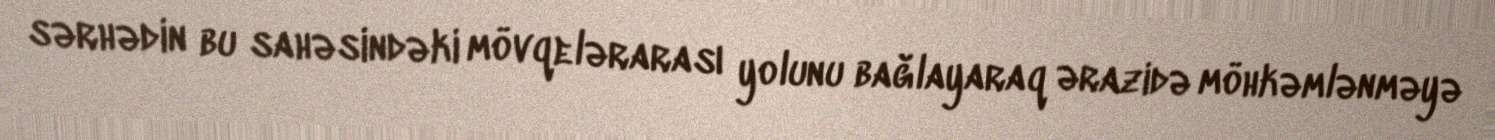
sərhədin bu sahəsindəki mövqelərarası yolunu bağlayaraq ərazidə möhkəmlənməyə